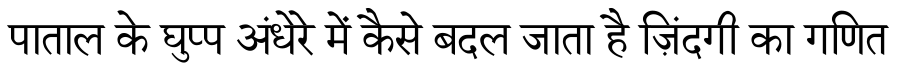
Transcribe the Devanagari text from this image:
पाताल के घुप्प अंधेरे में कैसे बदल जाता है ज़िंदगी का गणित